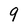
Character: 9